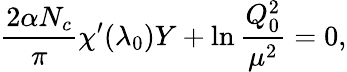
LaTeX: {\frac{2\alpha N_{c}}{\pi}}\chi^{\prime}(\lambda_{0})Y+\ln{\frac{Q_{0}^{2}}{\mu^{2}}}=0,